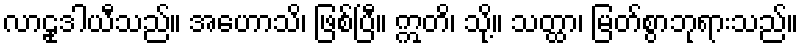
လာဠုဒါယီသည်။ အဟောသိ၊ ဖြစ်ပြီ။ ဣတိ၊ သို့။ သတ္ထာ၊ မြတ်စွာဘုရားသည်။